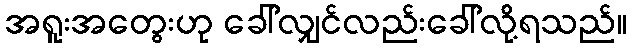
အရူးအတွေးဟု ခေါ်လျှင်လည်းခေါ်လို့ရသည်။